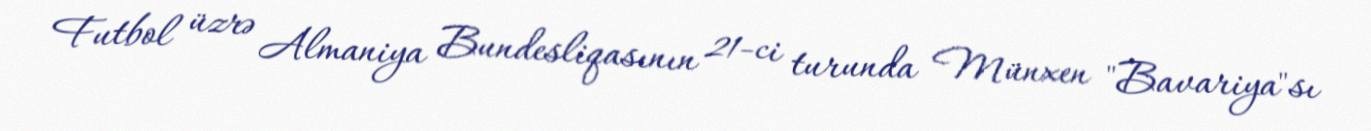
Futbol üzrə Almaniya Bundesliqasının 21-ci turunda Münxen "Bavariya"sı